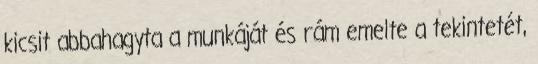
kicsit abbahagyta a munkáját és rám emelte a tekintetét,